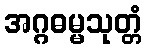
အဂ္ဂဓမ္မသုတ္တံ